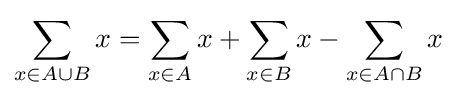
\sum _{x\in A\cup B}x=\sum _{x\in A}x+\sum _{x\in B}x-\sum _{x\in A\cap B}x